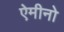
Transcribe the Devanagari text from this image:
ऐमीनो